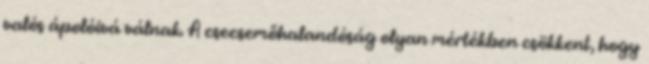
valós ápolóivá válnak. A csecsemőhalandóság olyan mértékben csökkent, hogy